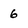
Character: 6